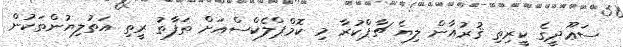
ސަޢޫދީގެ ކީރިތި ޤުރުއާން ލިޔެ ޗާޕްކުރާ މި ކޮމްޕްލެކްސްއަށް ތަފާތު ރީތި އަތުލިޔުންތަކުން